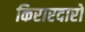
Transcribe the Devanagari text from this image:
किराएदारो